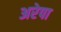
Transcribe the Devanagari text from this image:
अरेपा